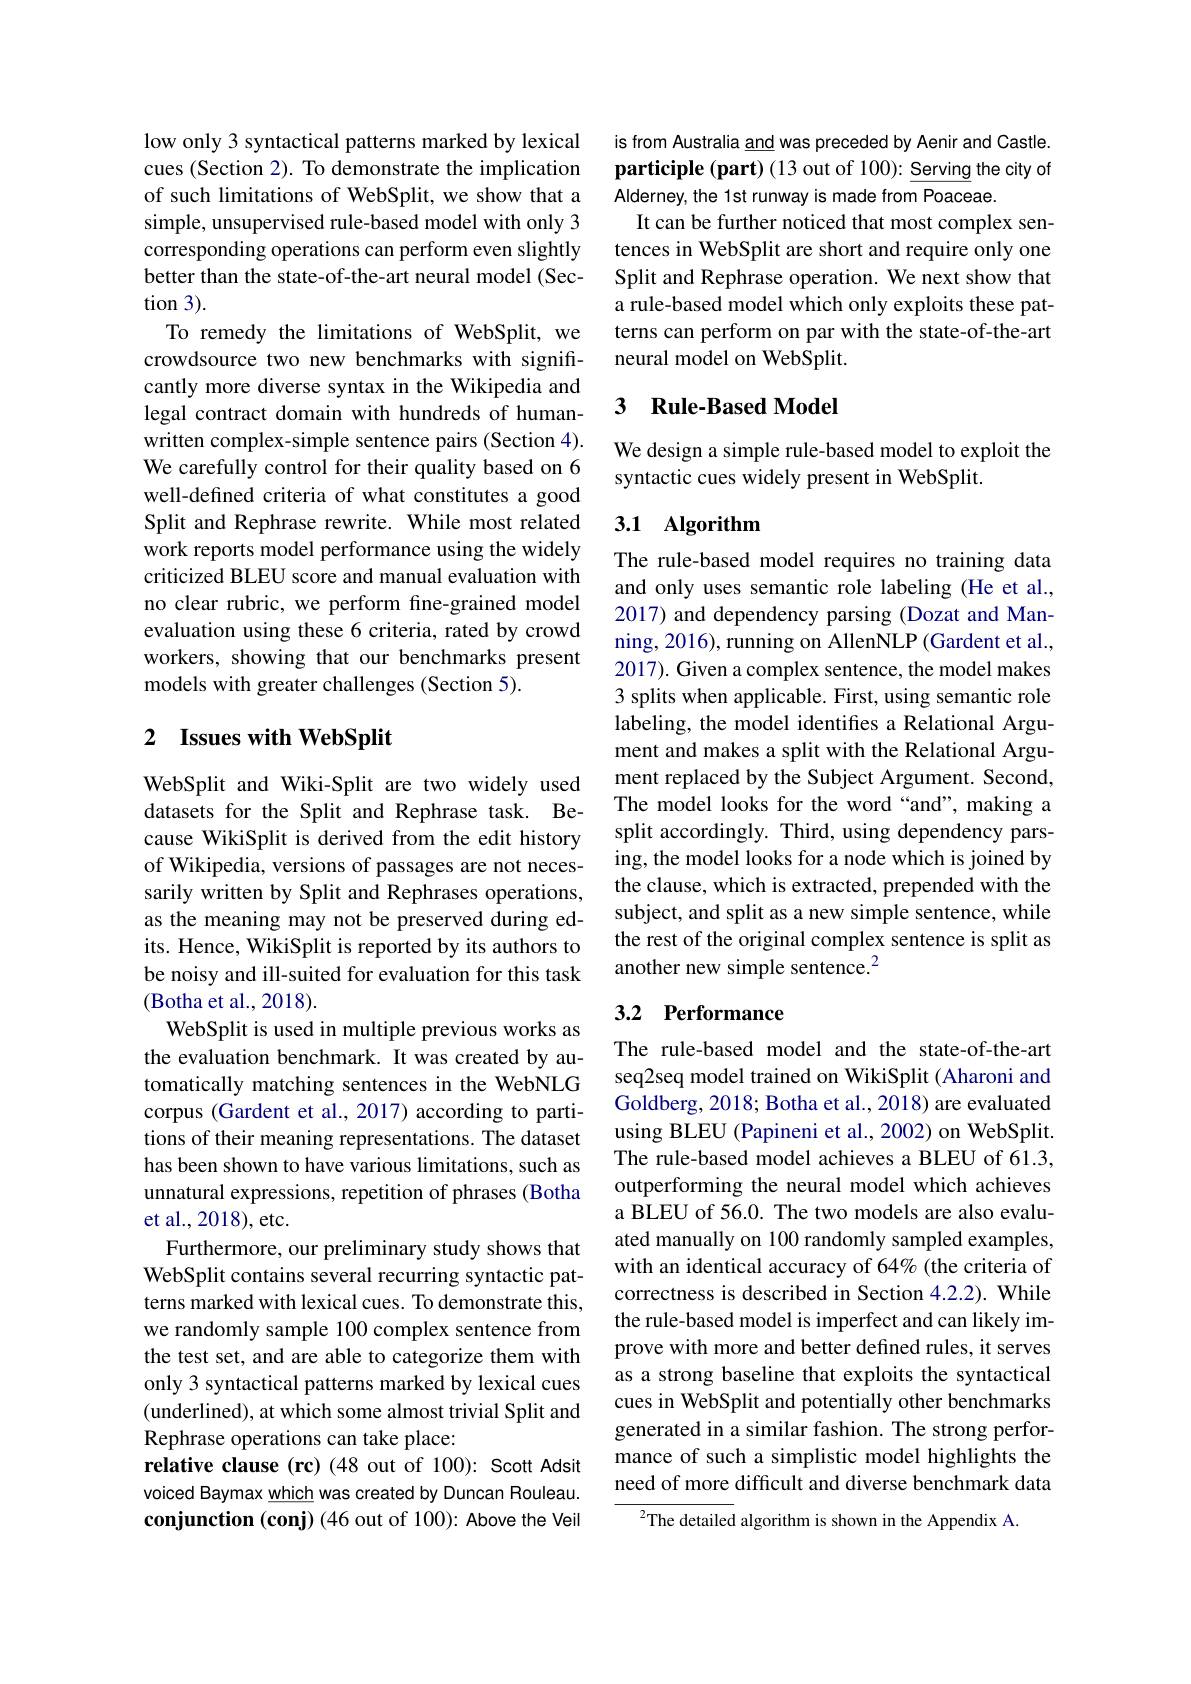
low only 3 syntactical patterns marked by lexical cues (Section 2). To demonstrate the implication of such limitations of WebSplit, we show that a simple, unsupervised rule-based model with only 3 corresponding operations can perform even slightly better than the state-of-the-art neural model (Sec- $\tan3).$
To remedy the limitations of WebSplit, we crowdsource two new benchmarks with significantly more diverse syntax in the Wikipedia and legal contract domain with hundreds of humanwritten complex-simple sentence pairs (Section 4). We carefully control for their quality based on 6 well-defined criteria of what constitutes a good Split and Rephrase rewrite. While most related work reports model performance using the widely criticized BLEU score and manual evaluation with no clear rubric, we perform fne-grained model evaluation using these 6 criteria, rated by crowd workers, showing that our benchmarks present models with greater challenges (Section 5).

## 2 Issues with WebSplit

WebSplit and Wiki-Split are two widely used datasets for the Split and Rephrase task. Because WikiSplit is derived from the edit history of Wikipedia, versions of passages are not necessarily written by Split and Rephrases operations, as the meaning may not be preserved during edits. Hence, WikiSplit is reported by its authors to be noisy and ill-suited for evaluation for this task (Botha et al., 2018).
WebSplit is used in multiple previous works as the evaluation benchmark. It was created by automatically matching sentences in the WebNLG corpus (Gardent et al., 2017) according to partitions of their meaning representations. The dataset has been shown to have various limitations, such as unnatural expressions, repetition of phrases (Botha et al., 2018), etc.
Furthermore, our preliminary study shows that WebSplit contains several recurring syntactic patterns marked with lexical cues. To demonstrate this, we randomly sample 100 complex sentence from the test set, and are able to categorize them with only 3 syntactical patterns marked by lexical cues (underlined), at which some almost trivial Split and Rephrase operations can take place:
relative clause (rc) (48 out of 100): Scott Adsit voiced Baymax which was created by Duncan Rouleau. conjunction (conj) (46 out of 100): Above the Veil

is from Australia and was preceded by Aenir and Castle. participle (part) (13 out of 100): Serving the city of Alderney, the 1st runway is made from Poaceae.
It can be further noticed that most complex sentences in WebSplit are short and require only one Split and Rephrase operation. We next show that a rule-based model which only exploits these patterns can perform on par with the state-of-the-art neural model on WebSplit.

### 3 Rule-Based Model

We design a simple rule-based model to exploit the
syntactic cues widely present in WebSplit.

## 3.1 Algorithm

The rule-based model requires no training data and only uses semantic role labeling (He et al., 2017) and dependency parsing (Dozat and Manning, 2016), running on AllenNLP (Gardent et al., 2017). Given a complex sentence, the model makes 3 splits when applicable. First, using semantic role labeling, the model identifes a Relational Argument and makes a split with the Relational Argument replaced by the Subject Argument. Second, The model looks for the word “and”, making a split accordingly. Third, using dependency parsing, the model looks for a node which is joined by the clause, which is extracted, prepended with the subject, and split as a new simple sentence, while the rest of the original complex sentence is split as another new simple sentence.$^2$

## 3.2 Performance

The rule-based model and the state-of-the-art seq2seq model trained on WikiSplit (Aharoni and Goldberg, 2018; Botha et al., 2018) are evaluated using BLEU (Papineni et al., 2002) on WebSplit. The rule-based model achieves a BLEU of 61.3, outperforming the neural model which achieves a BLEU of 56.0. The two models are also evaluated manually on 100 randomly sampled examples, with an identical accuracy of 64% (the criteria of correctness is described in Section 4.2.2). While the rule-based model is imperfect and can likely improve with more and better defined rules, it serves as a strong baseline that exploits the syntactical cues in WebSplit and potentially other benchmarks generated in a similar fashion. The strong performance of such a simplistic model highlights the need of more difficult and diverse benchmark data

$^{2}$The detailed algorithm is shown in the Appendix A.